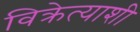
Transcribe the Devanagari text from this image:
विक्रेत्याशी